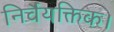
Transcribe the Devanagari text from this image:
निर्वैयक्तिक।